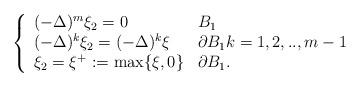
LaTeX: \begin{align*}\left\{\begin{array}{ll}(-\Delta)^m\xi_2 =0 & B_1\\(-\Delta)^k\xi_2 =(-\Delta)^k\xi& \partial B_1 k=1,2,..,m-1 \\\xi_2= \xi^+:=\max\{\xi,0\}& \partial B_1. \end{array}\right.\end{align*}